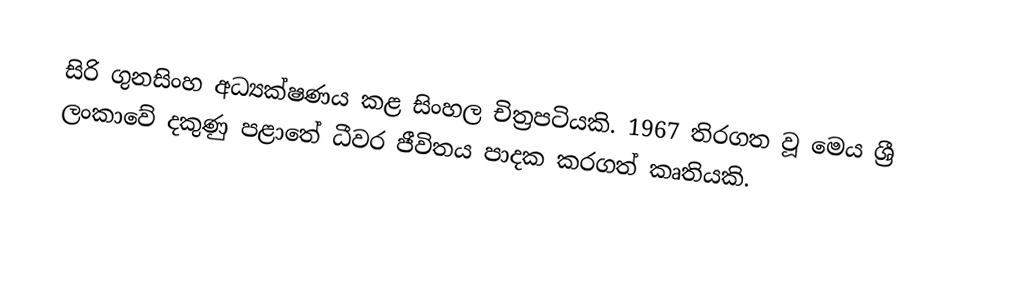
සිරි ගුනසිංහ අධ්‍යක්ෂණය කළ සිංහල චිත්‍රපටියකි. 1967 තිරගත වූ මෙය ශ්‍රී ලංකාවේ දකුණු පළාතේ ධීවර ජීවිතය පාදක කරගත් කෘතියකි.